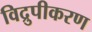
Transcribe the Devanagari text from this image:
विद्रुपीकरण